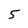
Character: 5